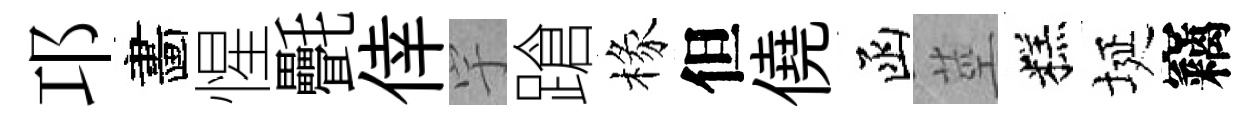
邛畵惺㲲倖宇蹌椽但僥函莖糕埏竊